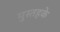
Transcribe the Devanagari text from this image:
मुस्तहके़